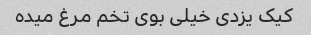
کیک یزدی خیلی بوی تخم مرغ میده